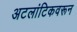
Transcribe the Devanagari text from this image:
अटलांटिकवरून